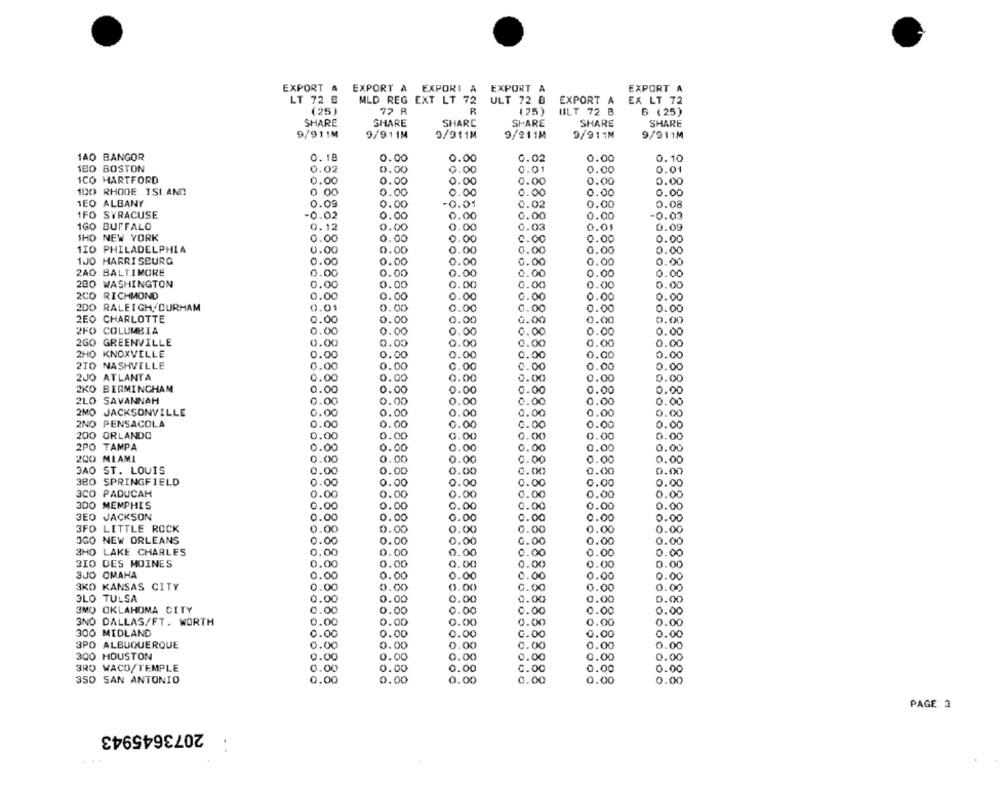
EXPORT A
EXPORT A
EXPORT A
EXPORT A EXPORI A
LT 72 B
MLD REG EXT LT 72
ULT 72 B
EXPORT A
EX LT 72
(25)
72 R
R
(25)
B (25)
ULT 72 B
SHARE
SHARE
SHARE
SHARE
SHARE
SHARE
9/911M
9/911M
9/911M
9/211M
9/911M
9/911M
1AO BANGOR
0.18
0.00
0.00
0.02
0.00
0.10
1BO BOSTON
0.02
0.00
.00
0.01
0.00
0.01
ICO HARTFORD
0.00
0.00
0.00
0.00
0.00
0.00
100 RHODE ISLAND
0 00
0.00
0.00
0.00
0.00
0.00
1EO ALBANY
0.09
0.00
-0.01
0.02
0.00
0.08
IFO SYRACUSE
-0.02
0.00
0.00
-0.03
0.00
0.00
1GO BUFFALO
0.12
0.00
0.00
0.03
0.01
0.09
THO NEW YORK
0.00
0.00
0.00
0.00
0.00
0.00
1IO PHILADELPHIA
0.00
0.00
0.
0.00
0.00
0.00
HARRISBURG
0.00
0.00
0.00
0.00
0.00
0.00
240
BALTIMORE
0.00
0.00
0.00
0.00
0.00
0.00
200 WASHINGTON
0.00
0.00
0.00
0.00
0.00
0.00
2CO RICHMOND
0.00
0.00
3.00
0.00
0.00
0.00
200 RALEIGH DURHAM
0.01
0.00
0.00
0.00
0.00
0.00
2EO CHARLOTTE
0.00
0.00
0.00
0.00
0.00
0.00
2FO COLUMBIA
0.00
0.00
0.00
0.00
0.00
0.00
2GO GREENVILLE
0.00
0.00
0.00
0.00
0.00
0.00
2HO KNOXVILLE
0.00
0.00
0.00
0.00
0.00
0.00
2TO NASHVILLE
0.00
0.00
0.00
0.00
0.00
0.00
2JO ATLANTA
0.00
0.00
1.00
0.00
0.00
0.00
2KO
BIRMINGHAM
0.00
0.00
0.00
1.00
0.00
0.00
2LO SAVANNAH
0.00
0.00
0.00
0.00
0.00
0.00
2MO JACKSONVILLE
0.00
0.00
0.00
0.00
0.00
0.00
2NO PENSACOLA
0.00
0.00
0.00
0.00
0.00
0.00
200
ORLANDO
0.00
0.00
0.00
0.00
0.00
0.00
2PO TAMPA
0.00
.00
0.00
0.00
0.00
0.00
200 MLAMI
0.00
0.00
0.00
1.00
0.00
0.00
3AO ST. LOUIS
0.00
0.00
0.00
0.00
0.00
0.00
380
SPRINGFIELD
0.00
0.00
0.00
0.00
0.00
0.00
3co
PADUCAH
0.00
0.00
0.00
0.00
0.00
0.00
300 MEMPHIS
0.00
.00
O
.00
0.00
0.00
0.00
3EO JACKSON
0.00
0.00
0.00
0.00
0.00
0.00
3FO LITTLE ROCK
0.00
0.00
0.00
0.00
0.00
0.00
NEW ORLEANS
0.00
0.00
0.00
0.00
0.00
0.00
3HO
LAKE CHARLES
0.00
.00
0.00
0.00
0.00
0.00
0.00
0.00
3IO DES MOINES
.00
0.00
0.00
0.00
3JO OMAHA
0.00
.00
0.00
1.00
0
0.00
0.00
3KO KANSAS CITY
0.00
0.00
.00
0.00
0.00
0.00
OLO TULSA
0.00
0.00
0.00
0.00
0.00
0.00
3MO OKLAHOMA CITY
0.00
0.00
0.00
0.00
0.00
0.00
3NO DALLAS/FT. WORTH
0.00
0.00
0.00
0.00
0.00
0.00
300 MIDLAND
0.00
0.00
0.00
0.00
0.00
0.00
3PO ALBUQUERQUE
0.00
0.00
0.00
0.00
0.00
0.00
300
HOUSTON
0.00
0.00
1.00
0.00
0.00
0.00
BRO WACO/TEMPLE
0.00
0.00
0.00
0.00
0.00
0.00
350 SAN ANTONIO
0.00
0.00
0.00
0.00
0.00
0.00
PAGE 3
2073645943